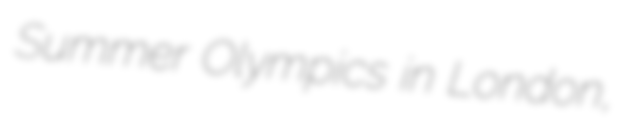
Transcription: Summer Olympics in London,